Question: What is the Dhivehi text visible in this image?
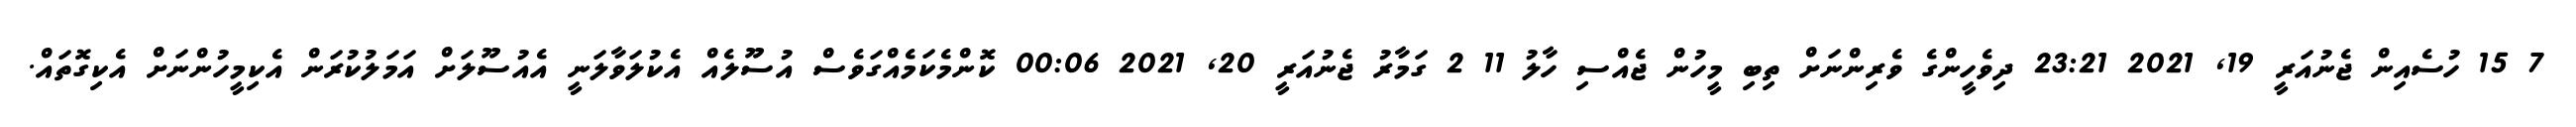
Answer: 7 15 ހުސެއިން ޖެނުއަރީ 19, 2021 23:21 ދިވެހީންގެ ވެރިންނަށް ތިބި މީހުން ޖެއްސި ހާލު 11 2 ގަމާރު ޖެނުއަރީ 20, 2021 00:06 ކޮންމެކަމެއްގަވެސް އުސޫލެއް އެކުލަވާލަނީ އެއުސޫލަށް އަމަލުކުރަން އެކިމީހުންނަށް އެކިގޮތައް.